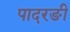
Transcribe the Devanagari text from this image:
पादरङी